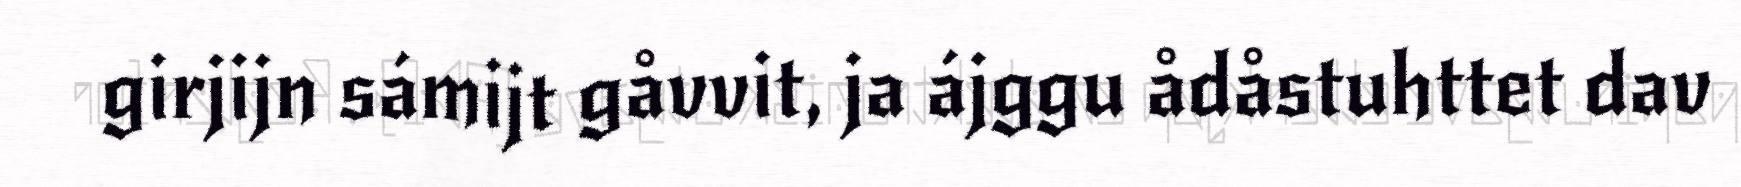
girjijn sámijt gåvvit, ja ájggu ådåstuhttet dav